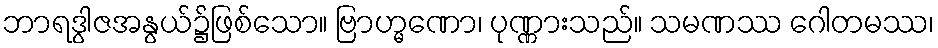
ဘာရဒွါဇအနွယ်၌ဖြစ်သော။ ဗြာဟ္မဏော၊ ပုဏ္ဏားသည်။ သမဏဿ ဂေါတမဿ၊